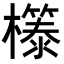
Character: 𭬤